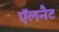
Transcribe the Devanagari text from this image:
ऍलनैट